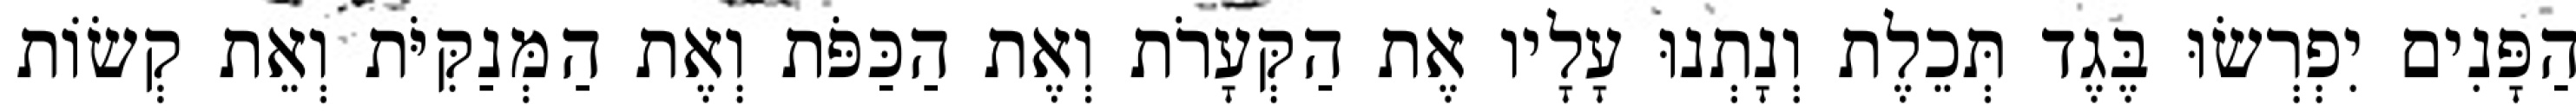
הַפָּנִים יִפְרְשׂוּ בֶּגֶד תְּכֵלֶת וְנָתְנוּ עָלָיו אֶת הַקְּעָרֹת וְאֶת הַכַּפֹּת וְאֶת הַמְּנַקִּיֹּת וְאֵת קְשׂוֹת